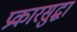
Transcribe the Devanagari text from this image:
प्रकारसुद्घा